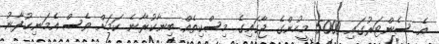
އެ ސެންޓަރުގައި 5000 މީހުންގެ ޖާގައިގެ މިސްކިތެއް ބިނާކުރާނެ ކަމަށް ވެސް އެމަނިކުފާނު